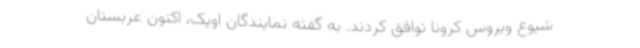
شیوع ویروس کرونا توافق کردند. به گفته نمایندگان اوپک، اکنون عربستان